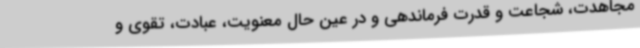
مجاهدت، شجاعت و قدرت فرماندهی و در عین حال معنویت، عبادت، تقوی و